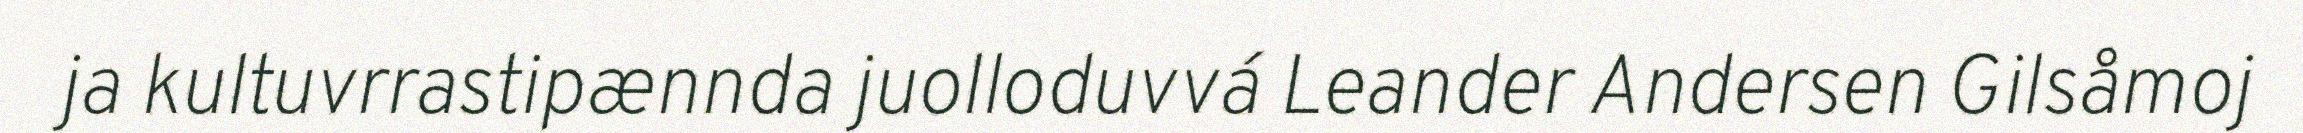
ja kultuvrrastipænnda juolloduvvá Leander Andersen Gilsåmoj